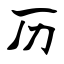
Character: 历